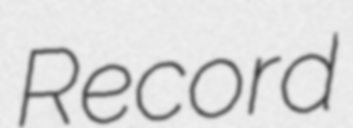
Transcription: Record